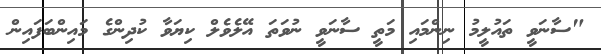
"ސާނަވީ ތައުލީމު ނިންމައި މަތީ ސާނަވީ ނުވަތަ އޭލެވެލް ކިޔަވާ ކުދިންގެ މައިންބަފައިން